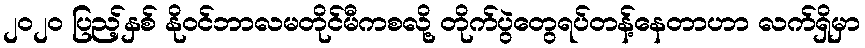
၂၀၂၀ ပြည့်နှစ် နိုဝင်ဘာလမတိုင်မီကစလို့ တိုက်ပွဲတွေရပ်တန့်နေတာဟာ လက်ရှိမှာ